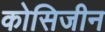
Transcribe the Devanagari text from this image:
कोसिजीन